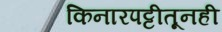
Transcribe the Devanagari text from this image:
किनारपट्टीतूनही